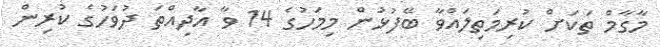
މާގާމް ތަކަށް ކުރިމަތިލައްވާ ބޭފުޅުން މިމަހުގެ 14 ވާ އާދިއްތަ ދުވަހުގެ ކުރިން